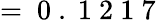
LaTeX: =\mathrm{~0~.~1~2~1~7~}